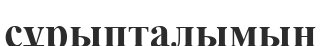
сұрыпталымын